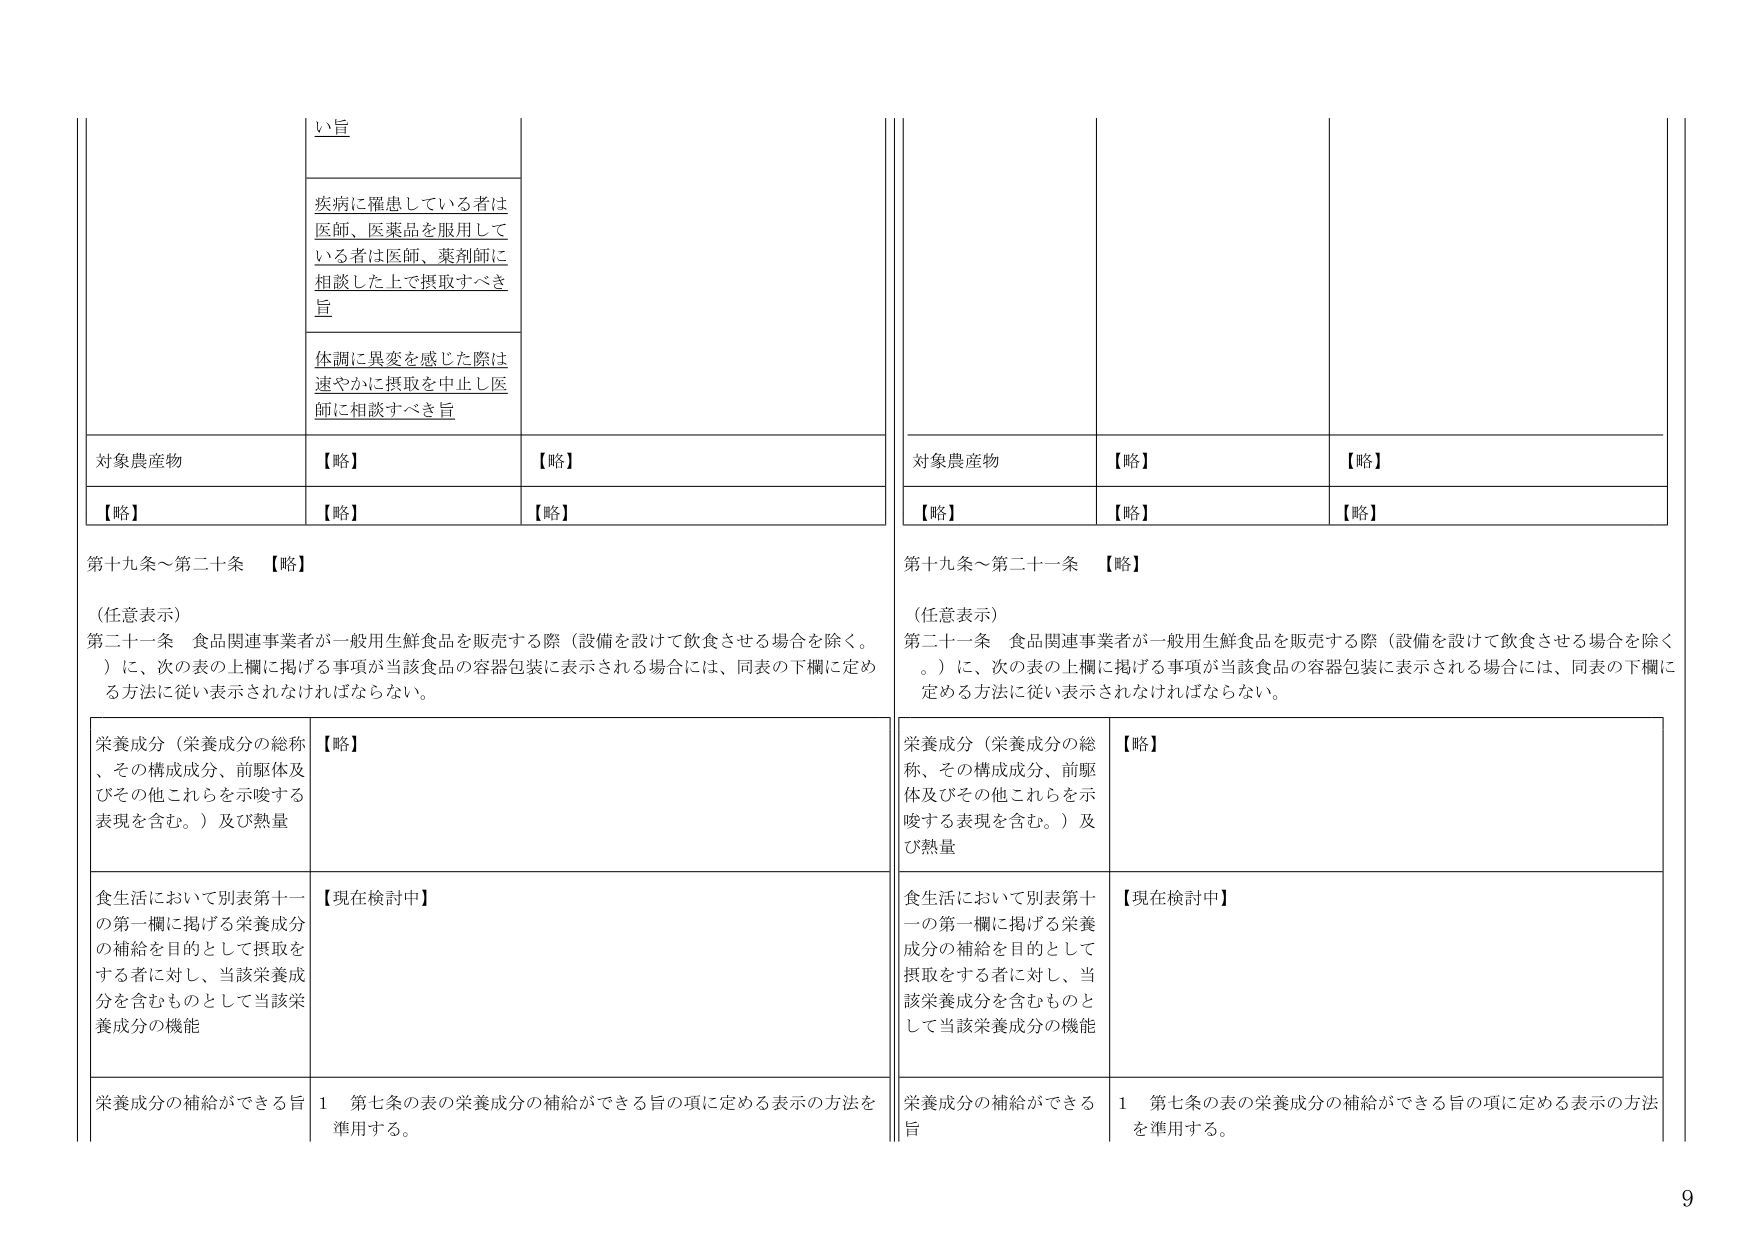
い旨

疾病に罹患している者は
医師、医薬品を服用して
いる者は医師、薬剤師に
相談した上で摂取すべき
旨

体調に異変を感じた際は
速やかに摂取を中止し医
師に相談すべき旨

対象農産物
【略】
【略】

【略】
【略】
【略】

第十九条～第二十条 【略】

（任意表示）
第二十一条 食品関連事業者が一般用生鮮食品を販売する際（設備を設けて飲食させる場合を除く。
）に、次の表の上欄に掲げる事項が当該食品の容器包装に表示される場合には、同表の下欄に定め
る方法に従い表示されなければならない。

栄養成分（栄養成分の総称
、その構成成分、前駆体及
びその他これらを示唆する
表現を含む。）及び熱量
【略】

食生活において別表第十一
の第一欄に掲げる栄養成分
の補給を目的として摂取を
する者に対し、当該栄養成
分を含むものとして当該栄
養成分の機能
【現在検討中】

栄養成分の補給ができる旨
1 第七条の表の栄養成分の補給ができる旨の項に定める表示の方法を
準用する。

対象農産物
【略】
【略】

【略】
【略】
【略】

第十九条～第二十一条 【略】

（任意表示）
第二十一条 食品関連事業者が一般用生鮮食品を販売する際（設備を設けて飲食させる場合を除く
。）に、次の表の上欄に掲げる事項が当該食品の容器包装に表示される場合には、同表の下欄に
定める方法に従い表示されなければならない。

栄養成分（栄養成分の総
称、その構成成分、前駆
体及びその他これらを示
唆する表現を含む。）及
び熱量
【略】

食生活において別表第十
一の第一欄に掲げる栄養
成分の補給を目的として
摂取をする者に対し、当
該栄養成分を含むものと
して当該栄養成分の機能
【現在検討中】

栄養成分の補給ができる
旨
1 第七条の表の栄養成分の補給ができる旨の項に定める表示の方法
を準用する。

9